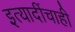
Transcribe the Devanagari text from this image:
इत्यादींचाही